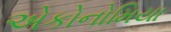
એકોનોમિયા